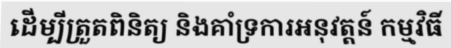
ដើម្បីត្រួតពិនិត្យ និងគាំទ្រការអនុវត្តន៍ កម្មវិធី